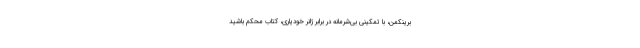
برینکمن، با تمکینی بی‌شرمانه در برابر ژانر خودیاری، کتاب محکم باشید